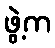
ဖွဲ့က